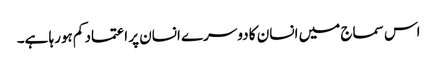
اس سماج میں انسان کا دوسرے انسان پر اعتماد کم ہورہا ہے۔